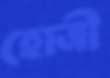
হোত্রী